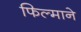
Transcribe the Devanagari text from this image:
फिल्‍माने